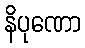
နိပုဏော